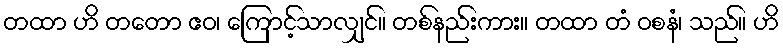
တထာ ဟိ တတော ဧဝ၊ ကြောင့်သာလျှင်။ တစ်နည်းကား။ တထာ တံ ဝစနံ၊ သည်။ ဟိ